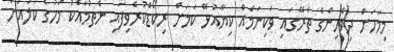
މިމަހަށް ދިވެހިންގެ ތެރޭގައި ވަކިނަމެއް ކިޔާއުޅޭ ކަމަށް ރިކޯޑްކުރެވިފައި ނެތުމާއެކު މަހުގެ ކުލައަށް